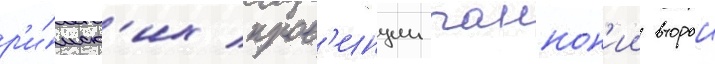
р'и́мск'их пров'инции паннон'ии второи